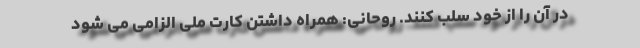
در آن را از خود سلب کنند. روحانی: همراه داشتن کارت ملی الزامی می شود